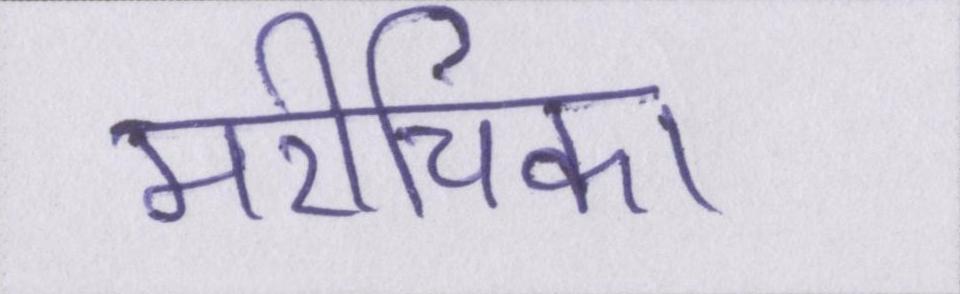
मरीचिका